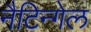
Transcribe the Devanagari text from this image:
नैटिन्गेल